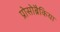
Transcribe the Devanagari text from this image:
प्रोसोब्रैकिया